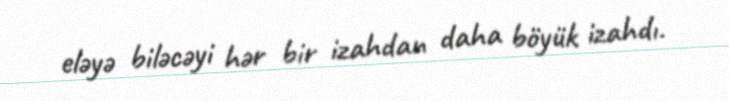
eləyə biləcəyi hər bir izahdan daha böyük izahdı.